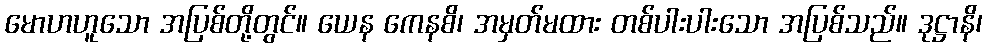
မောဟဟူသော အပြစ်တို့တွင်။ ယေန ကေနစိ၊ အမှတ်မထား တစ်ပါးပါးသော အပြစ်သည်။ ဒုဋ္ဌာနိ၊